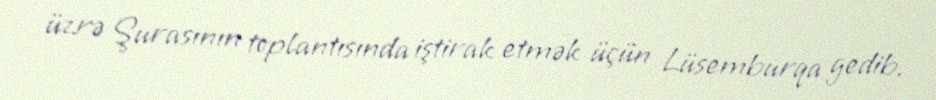
üzrə Şurasının toplantısında iştirak etmək üçün Lüsemburqa gedib.